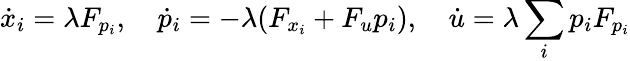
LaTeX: {\dot{x}}_{i}=\lambda F_{p_{i}},\quad{\dot{p}}_{i}=-\lambda(F_{x_{i}}+F_{u}p_{i}),\quad{\dot{u}}=\lambda\sum_{i}p_{i}F_{p_{i}}